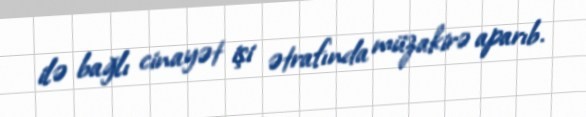
ilə bağlı cinayət işi ətrafında müzakirə aparıb.